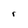
Character: r